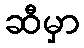
ဆီမှာ